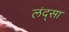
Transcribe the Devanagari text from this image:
लंद्सा